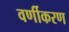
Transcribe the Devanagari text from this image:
वर्णीकरण